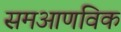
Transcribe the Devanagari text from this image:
समआणविक